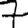
Digit: 7